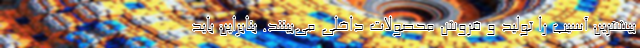
بیشترین آسیب را تولید و فروش محصولات داخلی می‌بینند. بنابراین باید